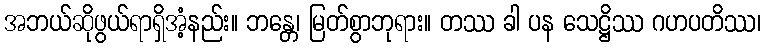
အဘယ်ဆိုဖွယ်ရာရှိအံ့နည်း။ ဘန္တေ၊ မြတ်စွာဘုရား။ တဿ ခါ ပန သေဋ္ဌိဿ ဂဟပတိဿ၊